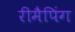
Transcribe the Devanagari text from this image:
रीमैपिंग